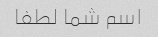
اسم شما لطفا